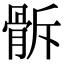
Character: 𩨯